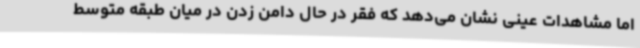
اما مشاهدات عینی نشان می‌دهد که فقر در حال دامن زدن در میان طبقه متوسط